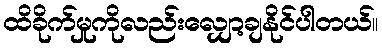
ထိခိုက်မှုကိုလည်းလျှော့ချနိုင်ပါတယ်။